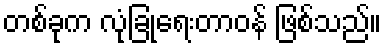
တစ်ခုက လုံခြုံရေးတာဝန် ဖြစ်သည်။